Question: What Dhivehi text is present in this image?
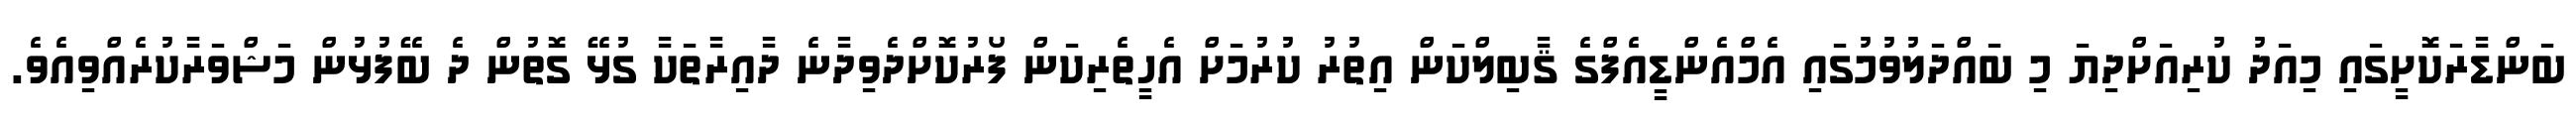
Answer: ބަންޑާރަކޮށީގައި މިއަދު ކުރިއަށްދިޔަ މި ބައްދަލުވުމުގައި އެމްއެންޑީއެފްގެ ޤާބިލްކަން އިތުރު ކުރުމަށް އެހީތެރިކަން ފޯރުކޮށްދެވިދާނެ ދާއިރާތަކާ ގުޅޭ ގޮތުން ދެ ބޭފުޅުން މަޝްވަރާކުރެއްވިއެވެ.